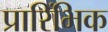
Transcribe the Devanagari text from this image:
प्रारिंभिक